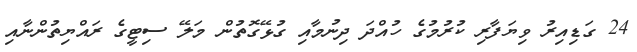
24 ގަޑިއިރު ވިޔަފާރި ކުރުމުގެ ހުއްދަ ދިނުމާއި ގުޅޭގޮތުން މަލޭ ސިޓީގެ ރައްޔިތުންނާއި